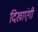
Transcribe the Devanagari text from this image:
दिखाएंगी